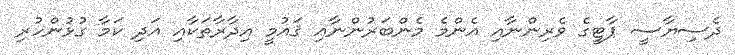
ދެސިޔާސީ ޕާޓީގެ ވެރިންނާއި އެންމެ މެންބަރުންނާއި ޤައުމީ އިދާރާތަކާއި އަދި ކަމާ ގުޅުންހުރި